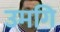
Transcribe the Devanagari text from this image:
उमगि